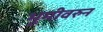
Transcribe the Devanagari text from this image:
भूमीवरुन